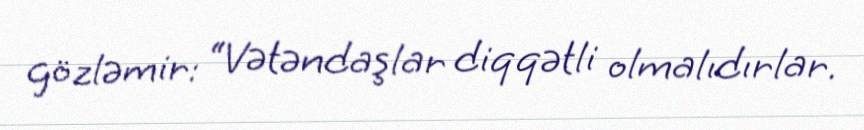
gözləmir: “Vətəndaşlar diqqətli olmalıdırlar.